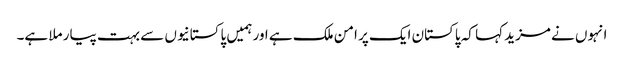
انہوں نے مزید کہا کہ پاکستان ایک پر امن ملک ہے اور ہمیں پاکستانیوں سے بہت پیار ملا ہے۔